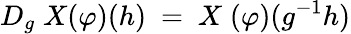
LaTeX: D_{g}\; X(\varphi)(h)\ =\ X\; (\varphi)(g^{-1}h)